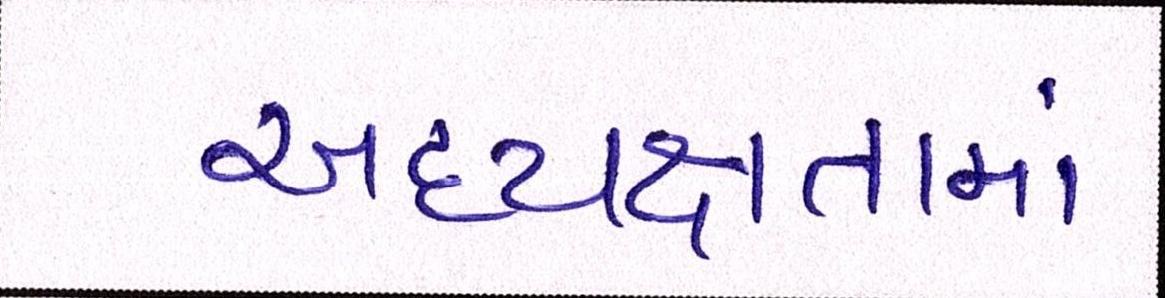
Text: અધ્યક્ષતામાં